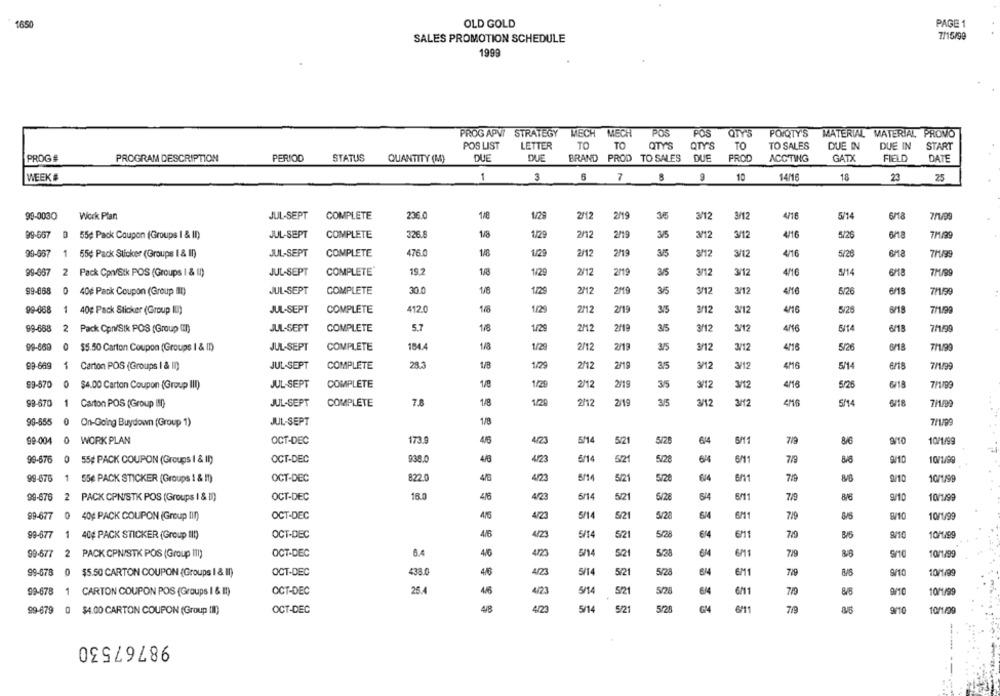
1650
OLD GOLD
PAGE 1
SALES PROMOTION SCHEDULE
7/15/99
1999
PROG APVI STRATEGY MECH MECH
POS
POS QTY'S
POIQTY'S
MATERIAL MATERIAL PROMO
POS LIST
LETTER
TO
TO
QTY'S
QTY'S
TO
TO SALES
DUE IN
DUE IN
START
PROG #
PROGRAM DESCRIPTION
PERIOD
STATUS
QUANTITY (M)
DUE
DUE
BRAND PROD TO SALES
DUE
PROD
ACCTING
GATX
FIELD
DATE
WEEK #
1
3
6
7
9
10
14/16
18
23
25
90-0030
Work Plan
JUL-SEPT
COMPLETE
236.0
2/12
2/19
35
3/12
3/12
5/14
7/1/99
99-667
D 55¢ Pack Coupon (Groups I & II)
JUL-SEPT
COMPLETE
326.5
1/8
1/29
2/12
2/19
3/5
3/12
3/12
4/16
5/26
6/18
7H/99
476.0
90-607
1 55¢ Pack Sticker (Groups I & II)
JUL-SEPT
COMPLETE
1/29
2/12
2/19
3/5
3/12
3/12
4/16
5/28
6/18
71/99
99-667
JUL-SEPT
COMPLETE'
19
1/29
2/12
2/19
3/5
3/12
3/12
4/16
5/14
7H/99
2 Pack Cpn/Stk POS (Groups I & II)
99-668
0 40g Pack Coupon (Group III)
JUL-SEPT
COMPLETE
30.0
1/8
1/2
2M2
2/19
3/5
3/12
3/12
4M6
5/26
6/18
7/199
99-068
1 40g Pack Sticker (Group IE)
JUL-SEPT
COMPLETE
412.0
1/8
1.129
2/12
2/19
3/12
3/12
4/16
5/28
6/18
JUL-SEPT
5.7
1/8
1/20
35
7/1/99
99-688
2 Pack Cpn/Stk POS (Group (El)
COMPLETE
2/12
2/19
3/12
3/12
4/16
6/18
99-669
0 $5.50 Carton Coupon (Groups 1 & ID)
JUL-SEPT
COMPLETE
184.4
1/8
2/12
2/18
375
3/12
3/12
4M16
5/26
6/18
7/1/99
99-689
1 Carton POS (Groups I & II)
JUL-SEPT
COMPLETE
1/8
1/20
2/12
2/19
3/12
3/12
4M6
5/14
1/8
1/2
2/12
2/19
35
3/12
3/12
5/26
99-570
0 $4.00 Carton Coupon (Group III)
JUL-SEPT
COMPLETE
99-670
1 Carton POS (Group IS0)
JUL-SEPT
COMPLETE
7.8
1/8
1/20
2/12
2/19
3/
3/12
3/12
4M6
5/14
7/1/99
99-555
0 On-Going Buydown (Group 1)
JUL-SEPT
1/8
TIVPA
0
WORK PLAN
173.9
4/23
5/14
5/20
644
8/6
99-004
OCT-DEC
5/21
9/10
10/1/99
99-676
55¢ PACK COUPON (Groups I & II)
OCT-DEC
938.0
4/8
4/23
5/14
5/28
64
6/11
1011/90
99-676
1
55€ PACK STICKER (Groups 1 & !! )
OCT-DEC
822.0
4/6
4/23
5/14
5/21
5/28
6/11
9/10
10/1/99
90-676
2 PACK CPN/STK POS (Groups 1 & 1)
OCT-DEC
18.0
4/23
5/14
521
6/28
9/10
10/1/99
5/14
521
5/28
719
8/10
10/1/99
99-677
0 40g PACK COUPON (Group ti!)
OCT-DEC
99-677
1 40# PACK STICKER (Group III)
OCT-DEC
5/14
521
5/28
654
10/1/99
99-677
2 PACK CPN/STK POS (Group III)
OCT-DEC
5/14
521
6/11
719
10/1/99
5/14
521
5728
EM1
99-678
0
$5.50 CARTON COUPON {Groups I & II)
OCT-DEC
433.0
719
10/1/99
99-678
1 CARTON COUPON POS (Groups I & II)
OCT-DEC
26.
446
4/71
5/14
52
10/1/99
99-679
0 $4.00 CARTON COUPON (Group (Il)
OCT-DEC
48
422
5/14
5/21
5/28
719
10/1/09
98767530